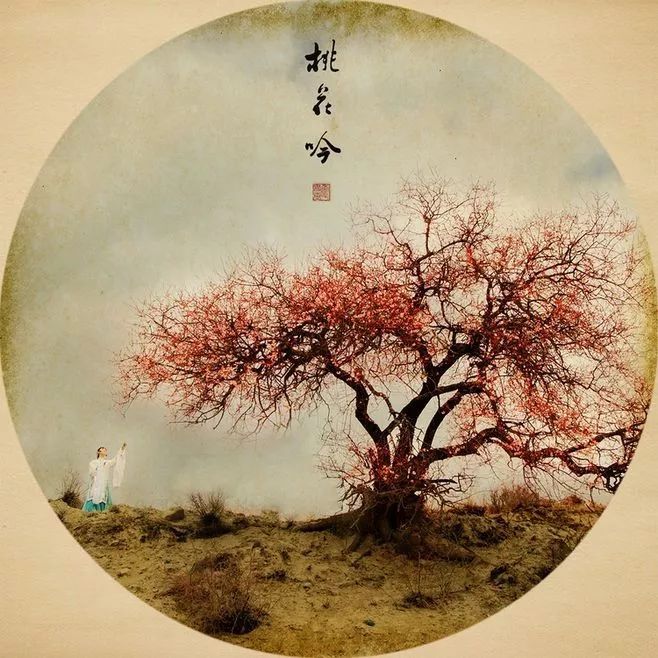
玉楼深锁薄情种。清夜悠悠谁共。